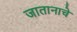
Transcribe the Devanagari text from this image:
जातानाचे